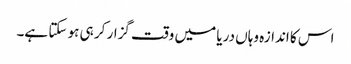
اس کا اندازہ وہاں دریا میں وقت گزار کر ہی ہو سکتا ہے۔